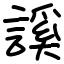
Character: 謑